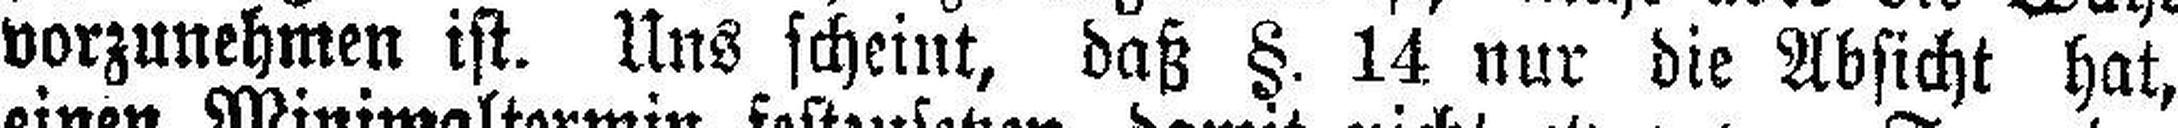
vorzunehmen ist. Uns scheint, daß §. 14 nur die Absicht hat,